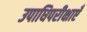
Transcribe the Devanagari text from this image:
उपाधिपरीक्षाएँ